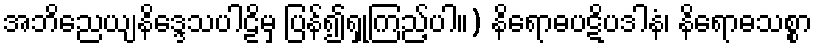
အဘိညေယျနိဒ္ဒေသပါဠိမှ ပြန်၍ရှုကြည့်ပါ။) နိရောဓပဋိပဒါနံ၊ နိရောဓသစ္စာ